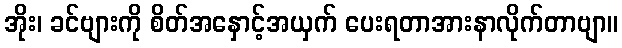
အိုး၊ ခင်ဗျားကို စိတ်အနှောင့်အယှက် ပေးရတာအားနာလိုက်တာဗျာ။